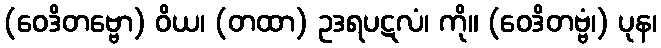
(ဝေဒိတဗ္ဗော) ဝိယ၊ (တထာ) ဥဒရပဋလံ၊ ကို။ (ဝေဒိတဗ္ဗံ၊) ပုန၊